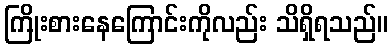
ကြိုးစားနေကြောင်းကိုလည်း သိရှိရသည်။